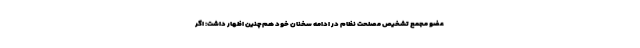
عضو مجمع تشخیص مصلحت نظام در ادامه سخنان خود هم‌چنین اظهار داشت: اگر